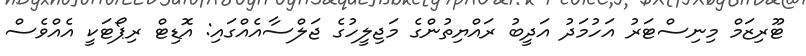
ޓޫރިޒަމް މިނިސްޓަރު އަހުމަދު އަދީބު ރައްޔިތުންގެ މަޖިލީހުގެ ޖަލްސާއެއްގައި: އޮޑިޓް ރިޕޯޓަކީ އެއްވެސް